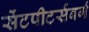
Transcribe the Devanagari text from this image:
सेंटपीटर्सबर्ग